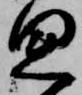
思